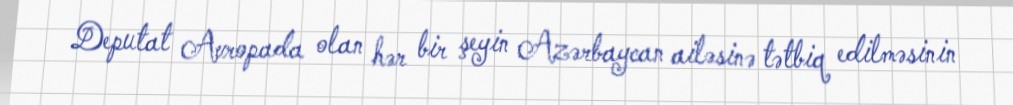
Deputat Avropada olan hər bir şeyin Azərbaycan ailəsinə tətbiq edilməsinin